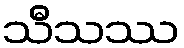
သီသဿ